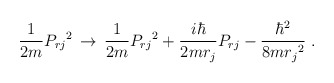
\begin{align*}\frac{1}{2m} {P_{rj}}^2\, \rightarrow \,\frac{1}{2m} {P_{rj}}^2+ \frac{i \hbar}{2m r_j } P_{rj}- \frac{\hbar^2}{ 8 m {r_j}^2} \; .\end{align*}